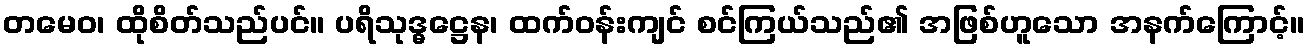
တမေဝ၊ ထိုစိတ်သည်ပင်။ ပရိသုဒ္ဓဋ္ဌေန၊ ထက်ဝန်းကျင် စင်ကြယ်သည်၏ အဖြစ်ဟူသော အနက်ကြောင့်။